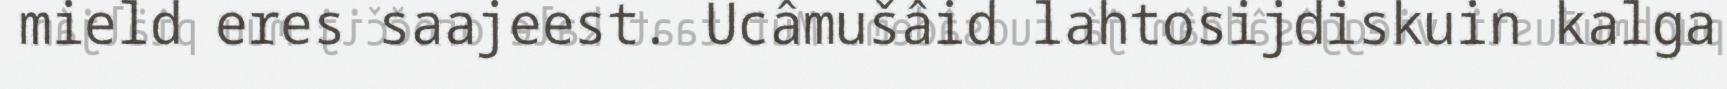
mield eres saajeest. Ucâmušâid lahtosijdiskuin kalga